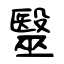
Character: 毉